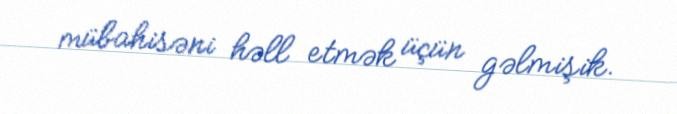
mübahisəni həll etmək üçün gəlmişik.